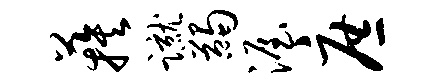
蔟蹴蠲渥庶